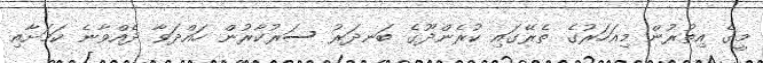
މީގެ އިތުރުން މިއަހަރުގެ ތެރޭގައި ކުރެންދޫގެ ބަނދަރު ސަރުކާރުން ހައްދަވާ ދެއްވާނެ ކަމަށާއި